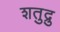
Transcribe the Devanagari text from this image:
शतुद्रु